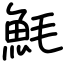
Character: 魹